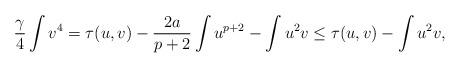
LaTeX: \begin{align*} \frac{\gamma}4\int v^4=\tau(u,v)-\frac {2a}{p+2}\int u^{p+2}-\int u^2v\leq \tau(u,v)-\int u^2v,\end{align*}